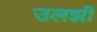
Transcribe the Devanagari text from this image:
उलझीं